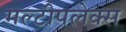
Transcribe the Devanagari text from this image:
मल्टीपलेक्स